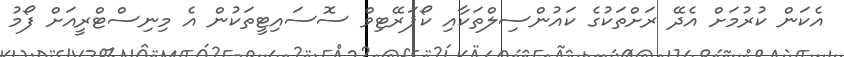
އެކަން ކުރުމަށް އެދޭ ރަށްތަކުގެ ކައުންސިލްތަކާއި ކޯޕަރޭޓިވް ސޮސައިޓީތަކުން އެ މިނިސްޓްރީއަށް ފޯމު